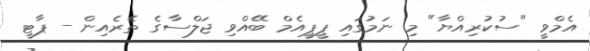
އެމްވީ "ސުކުރިއްޔާ" މި ނަމުގައި ޕީޕީއެމް ބޭއްވި ޖަލްސާގެ ތެރެއިން - ޕާޓީ